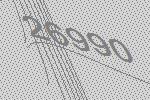
26990